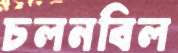
চলনবিল